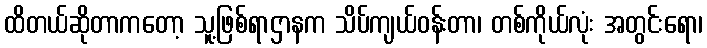
ထိတယ်ဆိုတာကတော့ သူ့ဖြစ်ရာဌာနက သိပ်ကျယ်ဝန်းတာ၊ တစ်ကိုယ်လုံး အတွင်းရော၊